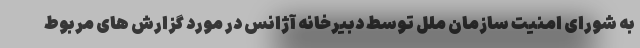
به شورای امنیت سازمان ملل توسط دبیرخانه آژانس در مورد گزارش های مربوط